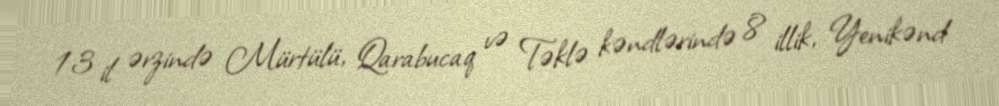
13 il ərzində Mürtülü, Qarabucaq və Təklə kəndlərində 8 illik, Yenikənd